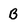
Character: B